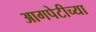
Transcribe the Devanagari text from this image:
आगपेटीच्या